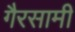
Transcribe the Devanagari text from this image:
गैरसामी